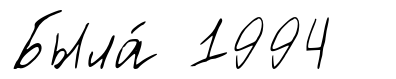
Была́ 1994